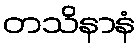
တသိနာနံ